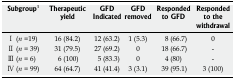
| Subgroup1 | Therapeutic yield | GFD Indicated | GFD removed | Responded to GFD | Responded to the withdrawal |
 | --- | --- | --- | --- | --- | --- |
 | I (n =19) | 16 (84.2) | 12 (63.2) | 1 (5.3) | 8 (66.7) | 0 |
 | II (n = 39) | 31 (79.5) | 27 (69.2) | 0 | 18 (66.7) | - |
 | III (n = 6) | 6 (100) | 5 (83.3) | 0 | 4 (80) | - |
 | IV (n = 99) | 64 (64.7) | 41 (41.4) | 3 (3.1) | 39 (95.1) | 3 (100) |